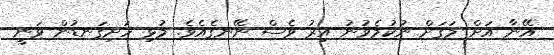
އޭނާ އަށް މަގަށް ނުކުމެވުނު އިރު ވެސް ނޭނގެއެވެ. މުޅި ހަށިގަނޑުން ވަނީ